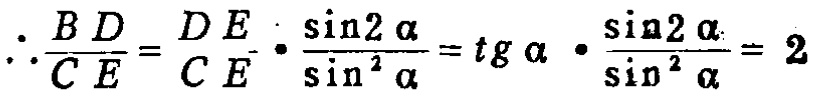
\(\therefore\frac{BD}{CE}=\frac{DE}{CE}\cdot\frac{\sin2\alpha}{\sin^{2}\alpha}=tg\alpha\cdot\frac{\sin2\alpha}{\sin^{2}\alpha}=2\)